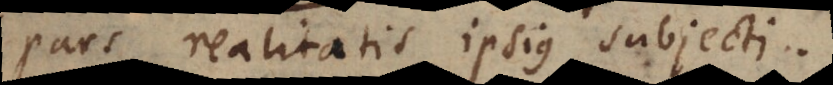
pars realitatis ipsius subjecti.